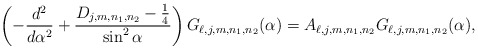
\begin{align*}\left( -\frac{d^{2}}{d\alpha ^{2}}+\frac{D_{j,m,n_1,n_2}-\frac{1}{4}}{\sin ^{2}\alpha }\right) G_{\ell,j,m,n_1,n_2} (\alpha )=A_{\ell,j,m,n_1,n_2} G_{\ell,j,m,n_1,n_2} (\alpha ), \end{align*}